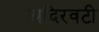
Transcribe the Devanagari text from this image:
खदिरवटी